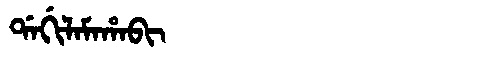
Manchu: ᡩᠠᡤᡳᠯᠠᠮᠠᡥᠠᠪᡳ
Romanization: DAGILAMAHABI